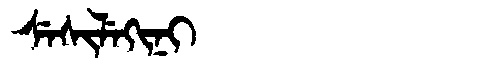
Manchu: ᠰᡝᠰᡳᠯᡝᡴᡳᠨᡳ
Romanization: SESILEKINI